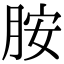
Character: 胺